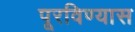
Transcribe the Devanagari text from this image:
पूरविण्यास